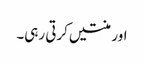
اور منتیں کرتی رہی۔